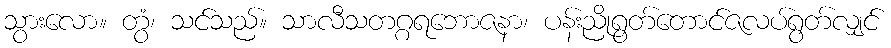
သွားလော။ တွံ၊ သင်သည်။ သာလီသတဂ္ဂရဘောဇနာ၊ ပန်းညိုရွတ်တောင်ဇလပ်ရွတ်လျှင်